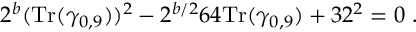
2 ^ { b } ( { \mathrm { T r } } ( \gamma _ { 0 , 9 } ) ) ^ { 2 } - 2 ^ { b / 2 } 6 4 { \mathrm { T r } } ( \gamma _ { 0 , 9 } ) + 3 2 ^ { 2 } = 0 ~ .